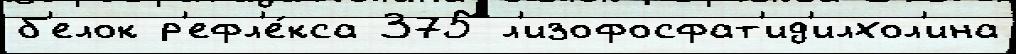
б'елок р'ефл'е́кса 375 л'изофосфат'ид'илхол'ина